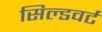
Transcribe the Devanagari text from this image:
सिल्डवर्ट